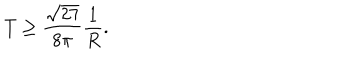
T \geq \frac { \sqrt { 2 7 } } { 8 \pi } \frac { 1 } { R } .